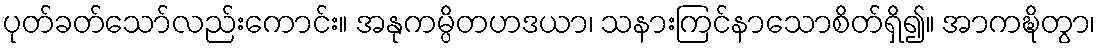
ပုတ်ခတ်သော်လည်းကောင်း။ အနုကမ္ပိတဟဒယာ၊ သနားကြင်နာသောစိတ်ရှိ၍။ အာကဍ္ဎိတွာ၊